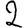
Digit: 2